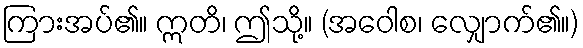
ကြားအပ်၏။ ဣတိ၊ ဤသို့။ (အဝေါစ၊ လျှောက်၏။)